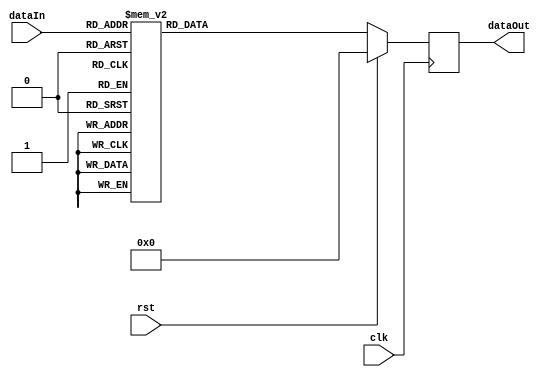
module aesSBox(input clk,
			   input rst,
			   input [0:7] dataIn,
       	       output wire [0:7] dataOut);
	
	reg [0:7] temp;
	
	always @(posedge clk) begin
	  if(rst)
	  	temp = 8'd0;
	  else begin
	  	case(dataIn)
	      //Row 1
		  8'h00:  temp = 8'h63;
		  8'h01:  temp = 8'h7c;
		  8'h02:  temp = 8'h77;
		  8'h03:  temp = 8'h7b;
		  8'h04:  temp = 8'hf2;
		  8'h05:  temp = 8'h6b;
		  8'h06:  temp = 8'h6f;
		  8'h07:  temp = 8'hc5;
		  8'h08:  temp = 8'h30;
		  8'h09:  temp = 8'h01;
		  8'h0a:  temp = 8'h67;
		  8'h0b:  temp = 8'h2b;
		  8'h0c:  temp = 8'hfe;
		  8'h0d:  temp = 8'hd7;
		  8'h0e:  temp = 8'hab;
		  8'h0f:  temp = 8'h76;
		  
		  //Row 2
		  8'h10:  temp = 8'hca;
		  8'h11:  temp = 8'h82;
		  8'h12:  temp = 8'hc9;
		  8'h13:  temp = 8'h7d;
		  8'h14:  temp = 8'hfa;
		  8'h15:  temp = 8'h59;
		  8'h16:  temp = 8'h47;
		  8'h17:  temp = 8'hf0;
		  8'h18:  temp = 8'had;
		  8'h19:  temp = 8'hd4;
		  8'h1a:  temp = 8'ha2;
		  8'h1b:  temp = 8'haf;
		  8'h1c:  temp = 8'h9c;
		  8'h1d:  temp = 8'ha4;
		  8'h1e:  temp = 8'h72;
		  8'h1f:  temp = 8'hc0;
		  
		  //Row 3
		  8'h20:  temp = 8'hb7;
		  8'h21:  temp = 8'hfd;
		  8'h22:  temp = 8'h93;
		  8'h23:  temp = 8'h26;
		  8'h24:  temp = 8'h36;
		  8'h25:  temp = 8'h3f;
		  8'h26:  temp = 8'hf7;
		  8'h27:  temp = 8'hcc;
		  8'h28:  temp = 8'h34;
		  8'h29:  temp = 8'ha5;
		  8'h2a:  temp = 8'he5;
		  8'h2b:  temp = 8'hf1;
		  8'h2c:  temp = 8'h71;
		  8'h2d:  temp = 8'hd8;
		  8'h2e:  temp = 8'h31;
		  8'h2f:  temp = 8'h15;
		  
		  //Row 4
		  8'h30:  temp = 8'h04;
		  8'h31:  temp = 8'hc7;
		  8'h32:  temp = 8'h23;
		  8'h33:  temp = 8'hc3;
		  8'h34:  temp = 8'h18;
		  8'h35:  temp = 8'h96;
		  8'h36:  temp = 8'h05;
		  8'h37:  temp = 8'h9a;
		  8'h38:  temp = 8'h07;
		  8'h39:  temp = 8'h12;
		  8'h3a:  temp = 8'h80;
		  8'h3b:  temp = 8'he2;
		  8'h3c:  temp = 8'heb;
		  8'h3d:  temp = 8'h27;
		  8'h3e:  temp = 8'hb2;
		  8'h3f:  temp = 8'h75;
		  
		  //Row 5
		  8'h40:  temp = 8'h09;
		  8'h41:  temp = 8'h83;
		  8'h42:  temp = 8'h2c;
		  8'h43:  temp = 8'h1a;
		  8'h44:  temp = 8'h1b;
		  8'h45:  temp = 8'h6e;
		  8'h46:  temp = 8'h5a;
		  8'h47:  temp = 8'ha0;
		  8'h48:  temp = 8'h52;
		  8'h49:  temp = 8'h3b;
		  8'h4a:  temp = 8'hd6;
		  8'h4b:  temp = 8'hb3;
		  8'h4c:  temp = 8'h29;
		  8'h4d:  temp = 8'he3;
		  8'h4e:  temp = 8'h2f;
		  8'h4f:  temp = 8'h84;
		  
		  //Row 6
		  8'h50:  temp = 8'h53;
		  8'h51:  temp = 8'hd1;
		  8'h52:  temp = 8'h00;
		  8'h53:  temp = 8'hed;
		  8'h54:  temp = 8'h20;
		  8'h55:  temp = 8'hfc;
		  8'h56:  temp = 8'hb1;
		  8'h57:  temp = 8'h5b;
		  8'h58:  temp = 8'h6a;
		  8'h59:  temp = 8'hcb;
		  8'h5a:  temp = 8'hbe;
		  8'h5b:  temp = 8'h39;
		  8'h5c:  temp = 8'h4a;
		  8'h5d:  temp = 8'h4c;
		  8'h5e:  temp = 8'h58;
		  8'h5f:  temp = 8'hcf;
		  
		  //Row 7
		  8'h60:  temp = 8'hd0;
		  8'h61:  temp = 8'hef;
		  8'h62:  temp = 8'haa;
		  8'h63:  temp = 8'hfb;
		  8'h64:  temp = 8'h43;
		  8'h65:  temp = 8'h4d;
		  8'h66:  temp = 8'h33;
		  8'h67:  temp = 8'h85;
		  8'h68:  temp = 8'h45;
		  8'h69:  temp = 8'hf9;
		  8'h6a:  temp = 8'h02;
		  8'h6b:  temp = 8'h7f;
		  8'h6c:  temp = 8'h50;
		  8'h6d:  temp = 8'h3c;
		  8'h6e:  temp = 8'h9f;
		  8'h6f:  temp = 8'ha8;
		  
		  //Row 8
		  8'h70:  temp = 8'h51;
		  8'h71:  temp = 8'ha3;
		  8'h72:  temp = 8'h40;
		  8'h73:  temp = 8'h8f;
		  8'h74:  temp = 8'h92;
		  8'h75:  temp = 8'h9d;
		  8'h76:  temp = 8'h38;
		  8'h77:  temp = 8'hf5;
		  8'h78:  temp = 8'hbc;
		  8'h79:  temp = 8'hb6;
		  8'h7a:  temp = 8'hda;
		  8'h7b:  temp = 8'h21;
		  8'h7c:  temp = 8'h10;
		  8'h7d:  temp = 8'hff;
		  8'h7e:  temp = 8'hf3;
		  8'h7f:  temp = 8'hd2;
		  
		  //Row 9
		  8'h80:  temp = 8'hcd;
		  8'h81:  temp = 8'h0c;
		  8'h82:  temp = 8'h13;
		  8'h83:  temp = 8'hec;
		  8'h84:  temp = 8'h5f;
		  8'h85:  temp = 8'h97;
		  8'h86:  temp = 8'h44;
		  8'h87:  temp = 8'h17;
		  8'h88:  temp = 8'hc4;
		  8'h89:  temp = 8'ha7;
		  8'h8a:  temp = 8'h7e;
		  8'h8b:  temp = 8'h3d;
		  8'h8c:  temp = 8'h64;
		  8'h8d:  temp = 8'h5d;
		  8'h8e:  temp = 8'h19;
		  8'h8f:  temp = 8'h73;
		  
		  //Row 10
		  8'h90:  temp = 8'h60;
		  8'h91:  temp = 8'h81;
		  8'h92:  temp = 8'h4f;
		  8'h93:  temp = 8'hdc;
		  8'h94:  temp = 8'h22;
		  8'h95:  temp = 8'h2a;
		  8'h96:  temp = 8'h90;
		  8'h97:  temp = 8'h88;
		  8'h98:  temp = 8'h46;
		  8'h99:  temp = 8'hee;
		  8'h9a:  temp = 8'hb8;
		  8'h9b:  temp = 8'h14;
		  8'h9c:  temp = 8'hde;
		  8'h9d:  temp = 8'h5e;
		  8'h9e:  temp = 8'h0b;
		  8'h9f:  temp = 8'hdb;
		  
		  //Row 11
		  8'ha0:  temp = 8'he0;
		  8'ha1:  temp = 8'h32;
		  8'ha2:  temp = 8'h3a;
		  8'ha3:  temp = 8'h0a;
		  8'ha4:  temp = 8'h49;
		  8'ha5:  temp = 8'h06;
		  8'ha6:  temp = 8'h24;
		  8'ha7:  temp = 8'h5c;
		  8'ha8:  temp = 8'hc2;
		  8'ha9:  temp = 8'hd3;
		  8'haa:  temp = 8'hac;
		  8'hab:  temp = 8'h6c;
		  8'hac:  temp = 8'h91;
		  8'had:  temp = 8'h95;
		  8'hae:  temp = 8'he4;
		  8'haf:  temp = 8'h79;
		  
		  //Row 12
		  8'hb0:  temp = 8'he7;
		  8'hb1:  temp = 8'hc8;
		  8'hb2:  temp = 8'h37;
		  8'hb3:  temp = 8'h6d;
		  8'hb4:  temp = 8'h8d;
		  8'hb5:  temp = 8'hd5;
		  8'hb6:  temp = 8'h4e;
		  8'hb7:  temp = 8'ha9;
		  8'hb8:  temp = 8'h6c;
		  8'hb9:  temp = 8'h56;
		  8'hba:  temp = 8'hf4;
		  8'hbb:  temp = 8'hea;
		  8'hbc:  temp = 8'h65;
		  8'hbd:  temp = 8'h7a;
		  8'hbe:  temp = 8'hae;
		  8'hbf:  temp = 8'h08;
		  
		  //Row 13
		  8'hc0:  temp = 8'hba;
		  8'hc1:  temp = 8'h78;
		  8'hc2:  temp = 8'h25;
		  8'hc3:  temp = 8'h2e;
		  8'hc4:  temp = 8'h1c;
		  8'hc5:  temp = 8'ha6;
		  8'hc6:  temp = 8'hb4;
		  8'hc7:  temp = 8'hc6;
		  8'hc8:  temp = 8'he8;
		  8'hc9:  temp = 8'hdd;
		  8'hca:  temp = 8'h74;
		  8'hcb:  temp = 8'h1f;
		  8'hcc:  temp = 8'h4b;
		  8'hcd:  temp = 8'hbd;
		  8'hce:  temp = 8'h8b;
		  8'hcf:  temp = 8'h8a;
		  
		  //Row 14
		  8'hd0:  temp = 8'h70;
		  8'hd1:  temp = 8'h3e;
		  8'hd2:  temp = 8'hb5;
		  8'hd3:  temp = 8'h66;
		  8'hd4:  temp = 8'h48;
		  8'hd5:  temp = 8'h03;
		  8'hd6:  temp = 8'hf6;
		  8'hd7:  temp = 8'h0e;
		  8'hd8:  temp = 8'h61;
		  8'hd9:  temp = 8'h35;
		  8'hda:  temp = 8'h57;
		  8'hdb:  temp = 8'hb9;
		  8'hdc:  temp = 8'h86;
		  8'hdd:  temp = 8'hc1;
		  8'hde:  temp = 8'h1d;
		  8'hdf:  temp = 8'h9e;
		  
		  //Row 15
		  8'he0:  temp = 8'he1;
		  8'he1:  temp = 8'hf8;
		  8'he2:  temp = 8'h98;
		  8'he3:  temp = 8'h11;
		  8'he4:  temp = 8'h69;
		  8'he5:  temp = 8'hd9;
		  8'he6:  temp = 8'h8e;
		  8'he7:  temp = 8'h94;
		  8'he8:  temp = 8'h9b;
		  8'he9:  temp = 8'h1e;
		  8'hea:  temp = 8'h87;
		  8'heb:  temp = 8'he9;
		  8'hec:  temp = 8'hce;
		  8'hed:  temp = 8'h55;
		  8'hee:  temp = 8'h28;
		  8'hef:  temp = 8'hdf;
		  
		  //Row 16
		  8'hf0:  temp = 8'h8c;
		  8'hf1:  temp = 8'ha1;
		  8'hf2:  temp = 8'h89;
		  8'hf3:  temp = 8'h0d;
		  8'hf4:  temp = 8'hbf;
		  8'hf5:  temp = 8'he6;
		  8'hf6:  temp = 8'h42;
		  8'hf7:  temp = 8'h68;
		  8'hf8:  temp = 8'h41;
		  8'hf9:  temp = 8'h99;
		  8'hfa:  temp = 8'h2d;
		  8'hfb:  temp = 8'h0f;
		  8'hfc:  temp = 8'hb0;
		  8'hfd:  temp = 8'h54;
		  8'hfe:  temp = 8'hbb;
		  8'hff:  temp = 8'h16;
	    endcase
	  end
	end
		
	assign dataOut = temp;
	
endmodule